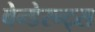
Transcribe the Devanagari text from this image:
बेन्डेरन्ट्स